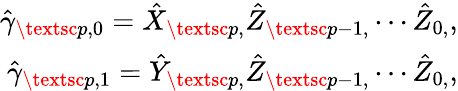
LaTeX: \begin{array}{r}{\hat{\gamma}_{\textsc{p},0}=\hat{X}_{\textsc{p},}\hat{Z}_{\textsc{p}-1,}\cdots\hat{Z}_{0,},}\\ {\hat{\gamma}_{\textsc{p},1}=\hat{Y}_{\textsc{p},}\hat{Z}_{\textsc{p}-1,}\cdots\hat{Z}_{0,},}\end{array}